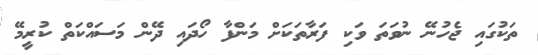
ތަކުގައި ޖެހުނޭ ނުވަތަ ވަކި ފަރާތަކަށް މަންފާ ހޯދައި ދޭން މަސައްކަތް ކުރީމޭ